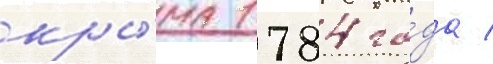
кры́ма 1784 го́да /